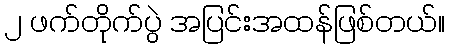
၂ ဖက်တိုက်ပွဲ အပြင်းအထန်ဖြစ်တယ်။